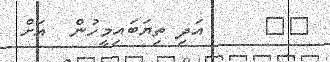
٦٩     އަދި ތިޔަބައިމީހުން  އަށް